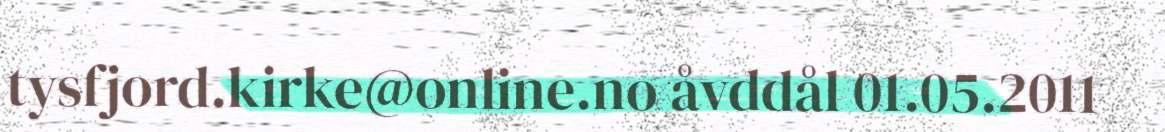
tysfjord.kirke@online.no åvddål 01.05.2011